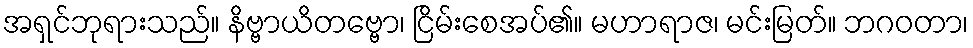
အရှင်ဘုရားသည်။ နိဗ္ဗာယိတဗ္ဗော၊ ငြိမ်းစေအပ်၏။ မဟာရာဇ၊ မင်းမြတ်။ ဘဂဝတာ၊